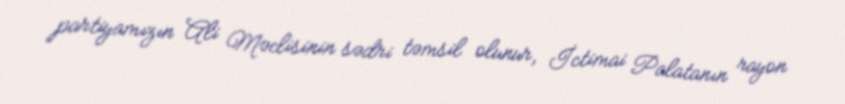
partiyamızın Ali Məclisinin sədri təmsil olunur, İctimai Palatanın rayon